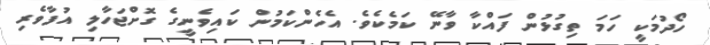
ހޯދުމަކީ ހަމަ ތިގުޅުން ފައްކާ ވާނޭ ކަމެކެވެ. އެހެންކަމުން ކައިވެނީގެ ގޮށްޖަހާލި އުފާވެރި